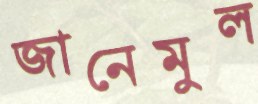
জানেমুল